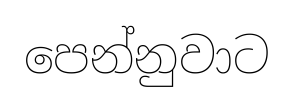
පෙන්නුවාට